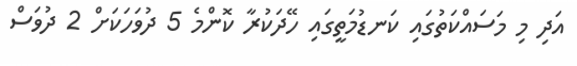
އަދި މި މަސައްކަތުގައި ކަނޑުމަތީގައި ހޭދަކުރާ ކޮންމެ 5 ދުވަހަކަށް 2 ދުވަސް